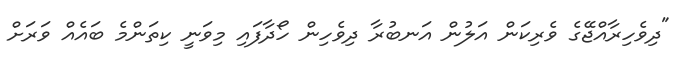
"ދިވެހިރާއްޖޭގެ ވެރިކަން އަލުން އަނބުރާ ދިވެހިން ހޯދާފައި މިވަނީ ކިތަންމެ ބައެއް ވަރަށް